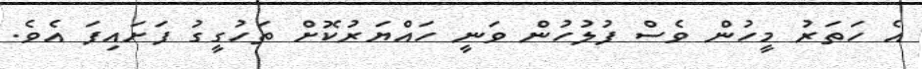
އެ ހަތަރު މީހުން ވެސް ފުލުހުން ވަނީ ހައްޔަރުކޮށް ތަހުގީގު ފަށައިފަ އެވެ.